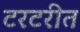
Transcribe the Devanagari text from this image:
टरटरीत